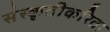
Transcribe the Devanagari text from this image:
संस्कृतीकरिता